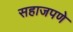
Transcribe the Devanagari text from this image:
सहाजपणे